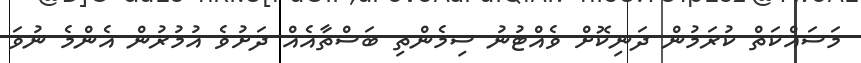
މަސައްކަތް ކުރަމުން ދަނިކޮށް ވެއްޓުނު ސިމެންތި ބަސްތާއެއް ދަށުވެ އުމުރުން އެންމެ ނުވަ